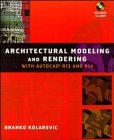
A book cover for Architectural Modeling & Rendering with AutoCad R13 and R14; Branko Kolarevic; Computers & Technology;